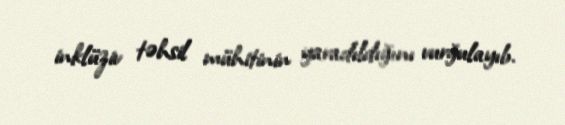
inklüziv təhsil mühitinin yaradıldığını vurğulayıb.